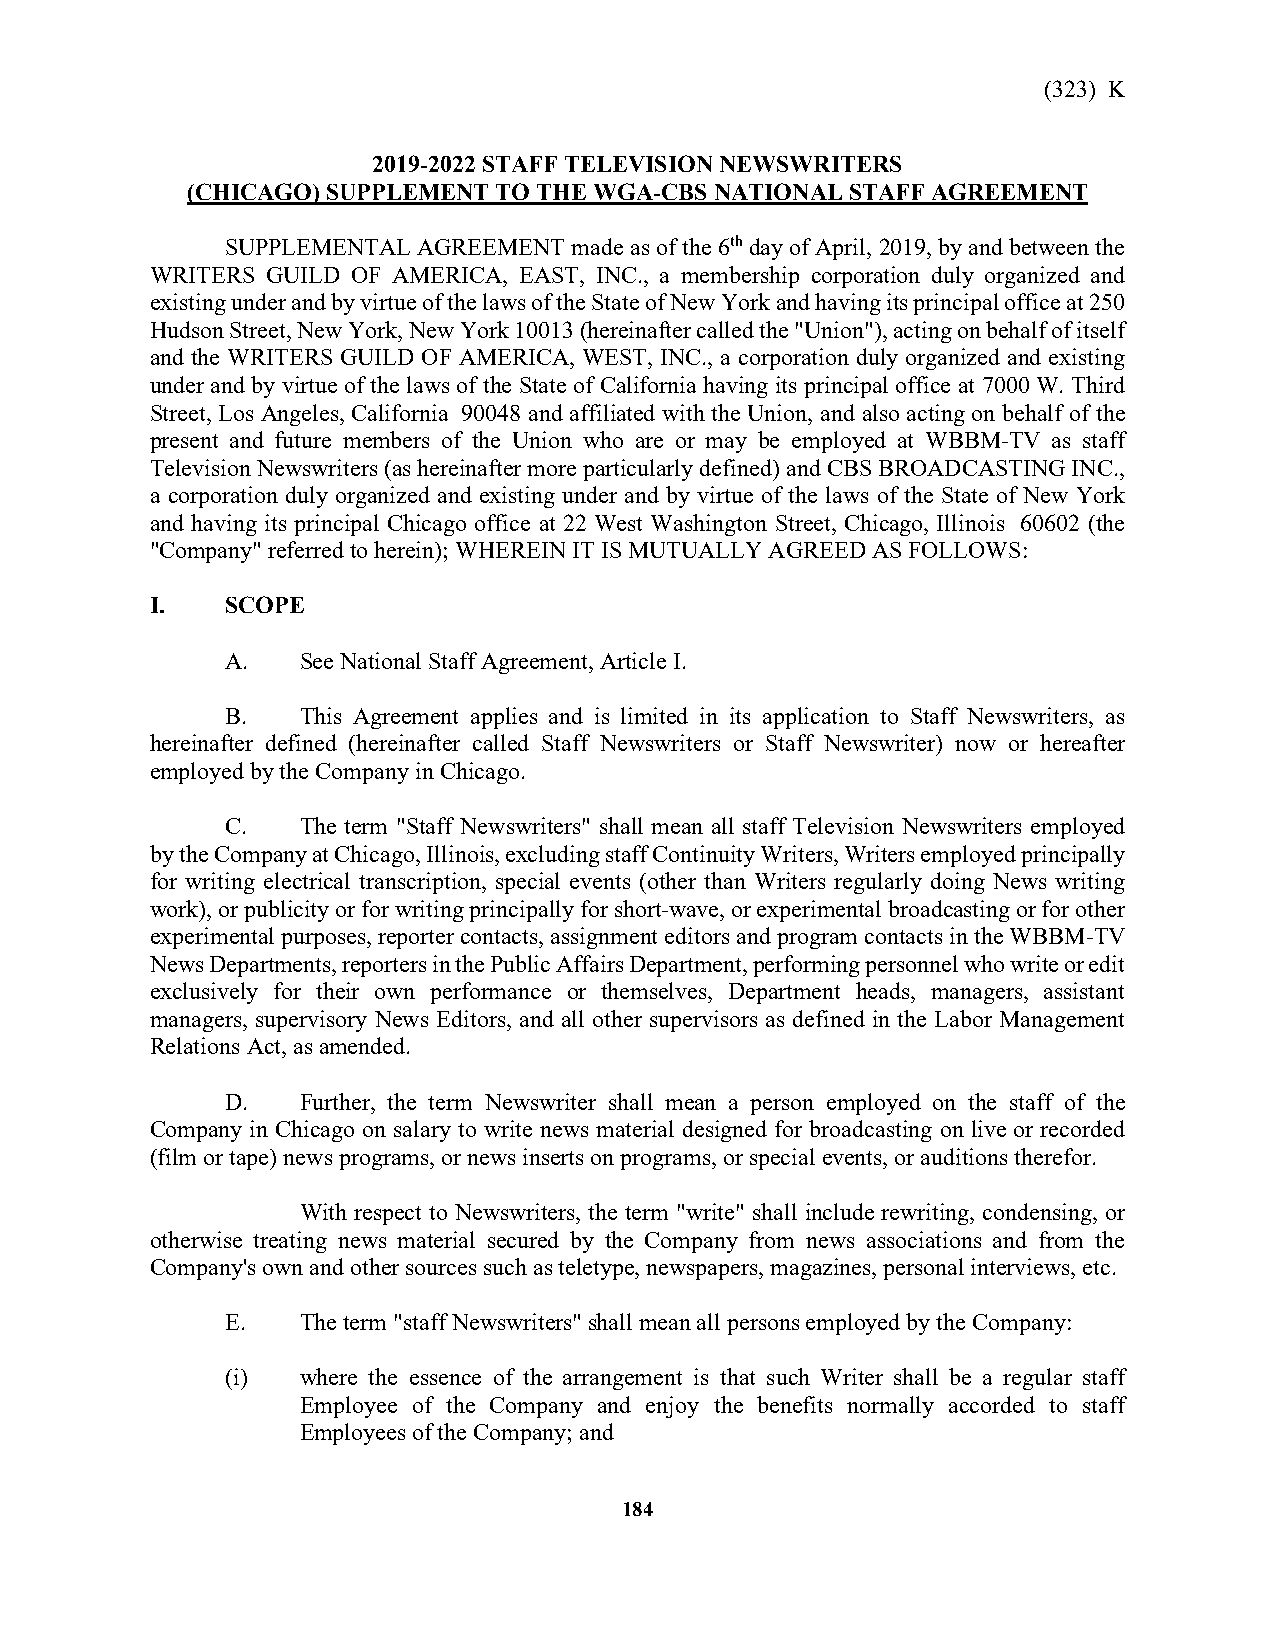
(323) K
 2019-2022 STAFF TELEVISION NEWSWRITERS
 (CHICAGO) SUPPLEMENT TO THE WGA-CBS NATIONAL STAFF AGREEMENT
 SUPPLEMENTAL AGREEMENT made as of the 6th day of April, 2019, by and between the
 WRITERS GUILD OF AMERICA, EAST, INC., a membership corporation duly organized and
 existing under and by virtue of the laws of the State of New York and having its principal office at 250
 Hudson Street, New York, New York 10013 (hereinafter called the "Union"), acting on behalf of itself
 and the WRITERS GUILD OF AMERICA, WEST, INC., a corporation duly organized and existing
 under and by virtue of the laws of the State of California having its principal office at 7000 W. Third
 Street, Los Angeles, California 90048 and affiliated with the Union, and also acting on behalf of the
 present and future members of the Union who are or may be employed at WBBM-TV as staff
 Television Newswriters (as hereinafter more particularly defined) and CBS BROADCASTING INC.,
 a corporation duly organized and existing under and by virtue of the laws of the State of New York
 and having its principal Chicago office at 22 West Washington Street, Chicago, Illinois 60602 (the
 "Company" referred to herein); WHEREIN IT IS MUTUALLY AGREED AS FOLLOWS:
 I.   SCOPE
 A.   See National Staff Agreement, Article I.
 B.   This Agreement applies and is limited in its application to Staff Newswriters, as
 hereinafter defined (hereinafter called Staff Newswriters or Staff Newswriter) now or hereafter
 employed by the Company in Chicago.
 C.   The term "Staff Newswriters" shall mean all staff Television Newswriters employed
 by the Company at Chicago, Illinois, excluding staff Continuity Writers, Writers employed principally
 for writing electrical transcription, special events (other than Writers regularly doing News writing
 work), or publicity or for writing principally for short-wave, or experimental broadcasting or for other
 experimental purposes, reporter contacts, assignment editors and program contacts in the WBBM-TV
 News Departments, reporters in the Public Affairs Department, performing personnel who write or edit
 exclusively for their own performance or themselves, Department heads, managers, assistant
 managers, supervisory News Editors, and all other supervisors as defined in the Labor Management
 Relations Act, as amended.
 D.   Further, the term Newswriter shall mean a person employed on the staff of the
 Company in Chicago on salary to write news material designed for broadcasting on live or recorded
 (film or tape) news programs, or news inserts on programs, or special events, or auditions therefor.
 With respect to Newswriters, the term "write" shall include rewriting, condensing, or
 otherwise treating news material secured by the Company from news associations and from the
 Company's own and other sources such as teletype, newspapers, magazines, personal interviews, etc.
 E.   The term "staff Newswriters" shall mean all persons employed by the Company:
 (i)  where the essence of the arrangement is that such Writer shall be a regular staff
 Employee of the Company and enjoy the benefits normally accorded to staff
 Employees of the Company; and
 184